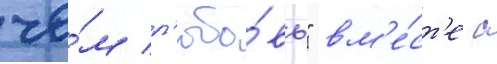
че́м л'юбо́вь" вм'е́ст'е с